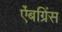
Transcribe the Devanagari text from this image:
ऐंबग्रिंस